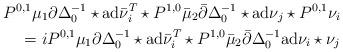
LaTeX: \begin{align*} P^{0,1}\mu_1\partial\Delta^{-1}_0\star{\rm ad}\bar\nu_i^T\star P^{1,0}\bar\mu_2\bar\partial\Delta^{-1}_0\star{\rm ad}\nu_j\star P^{0,1}\nu_i\\=i P^{0,1}\mu_1\partial\Delta^{-1}_0\star{\rm ad}\bar\nu_i^T\star P^{1,0}\bar\mu_2\bar\partial\Delta^{-1}_0{\rm ad}\nu_i\star \nu_j\end{align*}